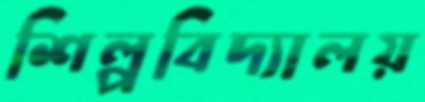
শিল্পবিদ্যালয়